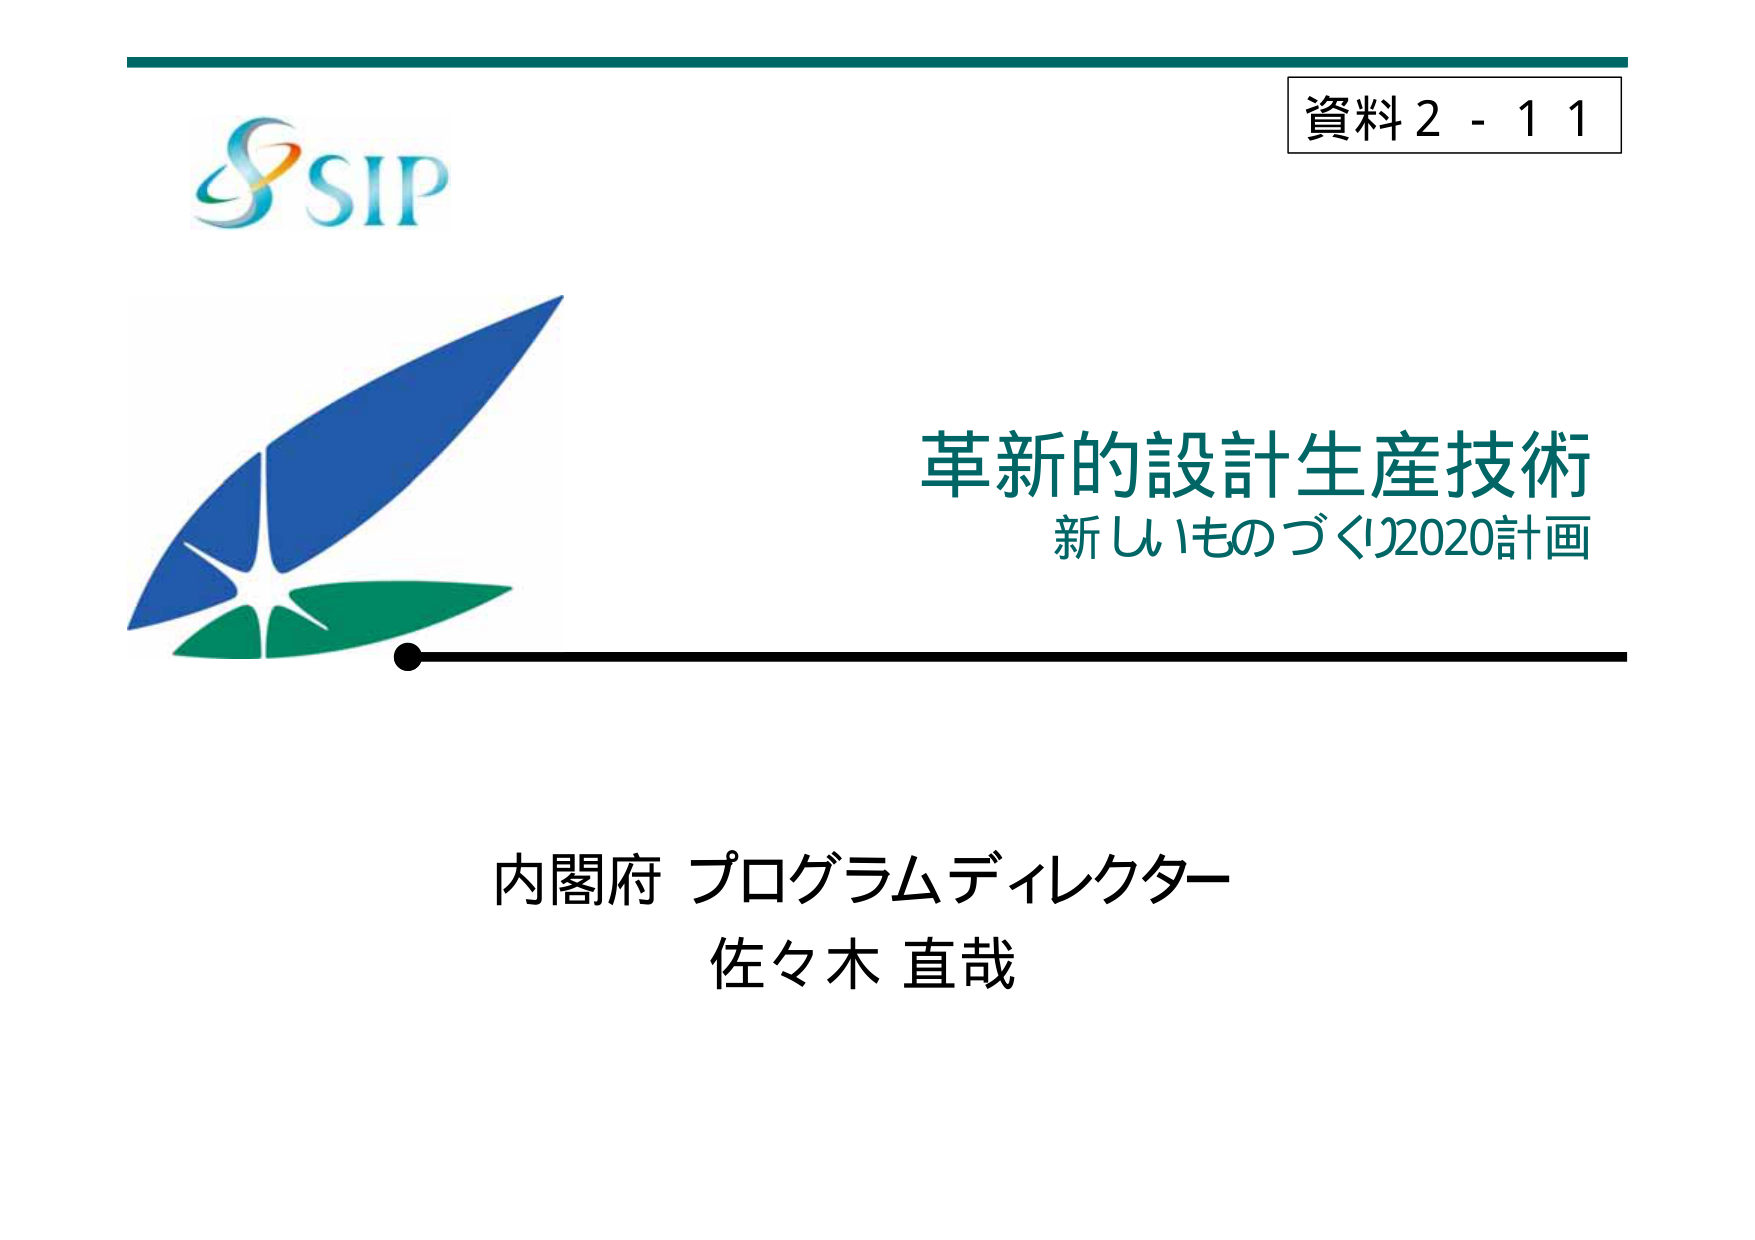
資料2-11
SIP
革新的設計生産技術
新しいものづくり2020計画
内閣府 プログラムディレクター
佐々木 直哉